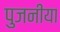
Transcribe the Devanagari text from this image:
पुजनीया